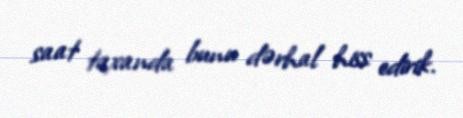
saat taxanda bunu dərhal hiss edirik.